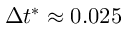
\Delta t ^ { * } \approx 0 . 0 2 5